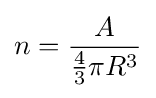
n={\frac {A}{{4 \over 3}\pi R^{3}}}